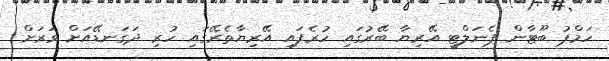
ހަމްޕު ބޫޓާން ޕެނަލްޓީ އޭރިޔާ ބޭރުގައި ހުރެފައި އޭރިޔާތެރޭގައި ހުރި ދަގަނޑޭއަށް ވަރަށް